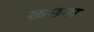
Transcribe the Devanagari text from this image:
ख्न्छना